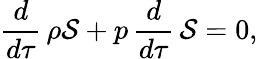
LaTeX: \frac{d}{d\tau}\, \rho{\cal S}+p\, \frac{d}{d\tau}\, {\cal S}=0,